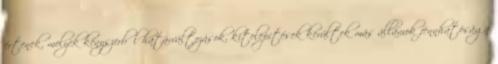
értenek, melyek kényszerből határváltozások, kitelepítések kerültek más államok fennhatósága